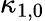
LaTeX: \kappa_{1,0}